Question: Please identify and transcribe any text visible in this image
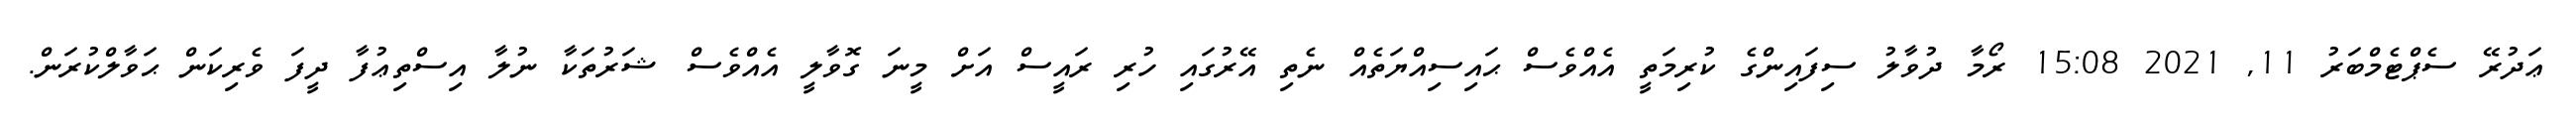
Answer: ޢަދުރޭ ސެޕްޓެމްބަރު 11, 2021 15:08 ރޯމާ ދުވާލު ސިފައިންގެ ކުރިމަތީ އެއްވެސް ޙައިސިއްޔަތެއް ނެތި އޭރުގައި ހުރި ރައީސް އަށް މީނަ ގޮވާލީ އެއްވެސް ޝަރުތަކާ ނުލާ އިސްތިޢުފާ ދީފަ ވެރިކަން ޙަވާލްކުރަން.